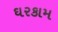
ઘરકામ